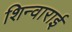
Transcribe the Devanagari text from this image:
शिन्वाराई